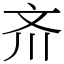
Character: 𪯠